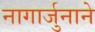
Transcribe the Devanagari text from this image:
नागार्जुनाने